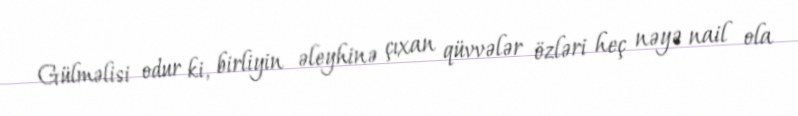
Gülməlisi odur ki, birliyin əleyhinə çıxan qüvvələr özləri heç nəyə nail ola